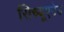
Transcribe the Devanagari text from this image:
सिच्यूएटेड